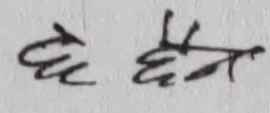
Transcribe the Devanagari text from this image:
छैन